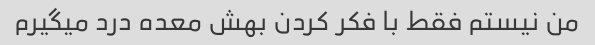
من نیستم فقط با فکر کردن بهش معده درد میگیرم